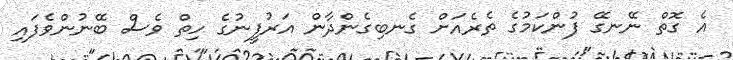
އެ ގޮތް ނޭނގޭ ފުންކަމުގެ ތެރެއަށް ގެނބިގެންދާން އަރުފީނުގެ ހިތް ވެސް ބޭނުންވެފައި